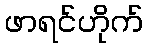
ဖာရင်ဟိုက်